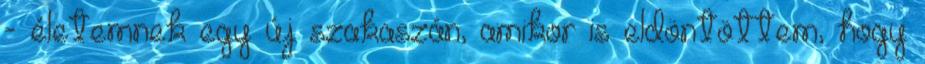
- életemnek egy új szakaszán, amikor is eldöntöttem, hogy